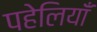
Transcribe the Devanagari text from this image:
पहेलियॉंँ